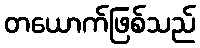
တယောက်ဖြစ်သည်